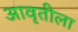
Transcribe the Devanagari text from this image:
आवृतीला